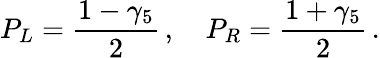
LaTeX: P_{L}=\frac{1-\gamma_{5}}{2}\, ,\quad P_{R}=\frac{1+\gamma_{5}}{2}\, .